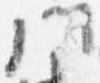
門